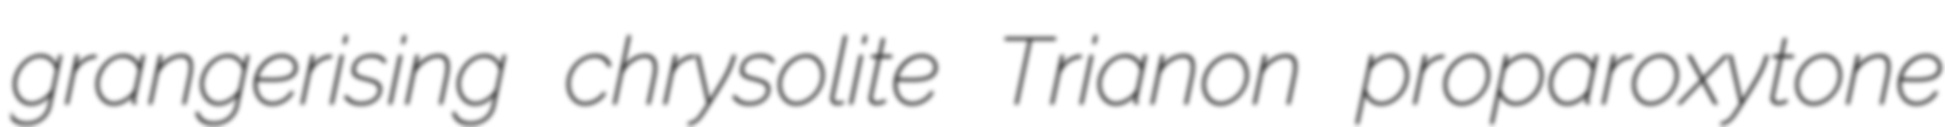
grangerising chrysolite Trianon proparoxytone